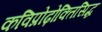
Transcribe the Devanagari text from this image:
कविप्रोढ़ोक्तिसिद्ध